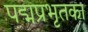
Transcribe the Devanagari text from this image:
पद्मप्रभृतका